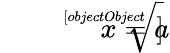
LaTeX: {\sqrt[[objectObject]]{x}}=a